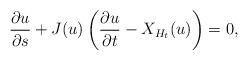
LaTeX: \begin{align*}\frac{\partial u}{\partial s} + J(u) \left( \frac{\partial u}{\partial t} - X_{H_t}(u) \right) = 0,\end{align*}